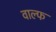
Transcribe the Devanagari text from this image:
वाल्फ